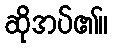
ဆိုအပ်၏။